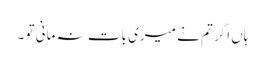
ہاں اگر تم نے میری بات نہ مانی تو ۔